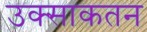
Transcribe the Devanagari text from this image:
उक्साकतन